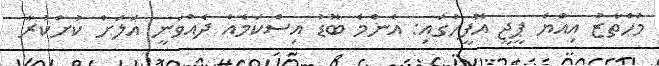
މުހްތާޒު އިއްޔެ ޕީޖީ އޮފީހުގައި: އެންމެ ބޮޑު އިސްކަމެއް ދެއްވަނީ އަލަށް ކުށްކުރާ